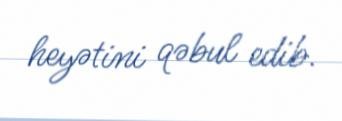
heyətini qəbul edib.